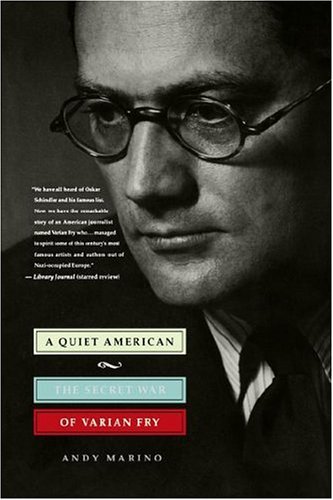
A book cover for A Quiet American: The Secret War of Varian Fry; Andy Marino; Biographies & Memoirs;